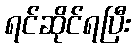
ရင်ဆိုင်ရပြီး